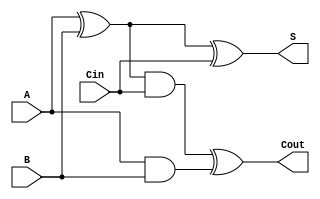
//Structural description of a fullAdder
module fullAdder (S,Cout,A,B,Cin);
  input A,B,Cin;
  output S,Cout;
  wire s1,c1,c2;

  xor G1 (s1,A,B),
      G2 (S,s1,Cin),
      G3 (Cout,c2,c1);
  and G4 (c1,A,B),
      G5 (c2,s1,Cin);
endmodule

module RCAdder(S,Cout,A,B,Cin);
	parameter N = 8;
	input [N-1:0] A,B;
	input Cin;
	output [N-1:0] S;
	output Cout;
	wire [N:0] carry;

	assign carry[0] = Cin;
	assign Cout = carry[N];

	genvar i;
	generate for (i=0;i<N;i=i+1)
		begin : FAloop
			fullAdder FA (S[i],carry[i+1],A[i],B[i],carry[i]);
		end
	endgenerate
endmodule

module testbench;
	parameter N = 8;
	reg [N-1:0] A,B;
	reg Cin;
	wire [N-1:0] S;
	wire Cout;
	RCAdder DUT (S,Cout,A,B,Cin);

	initial begin
		$dumpfile ("waveform.vcd");
		$dumpvars (0,testbench);
		$monitor ($time," S=%b,Cout=%b,A=%b,B=%b,Cin=%b",S,Cout,A,B,Cin);
		A = 8'h05; B = 8'h03; Cin = 0;
		#5	A = 8'h0F; B = 8'h00; Cin = 1;
		#5  A = 8'h05; B = 8'h0A; Cin = 1;
		#5  A = 8'hF0; B = 8'h0F; Cin = 1;
	end
	initial #25 $finish;
endmodule